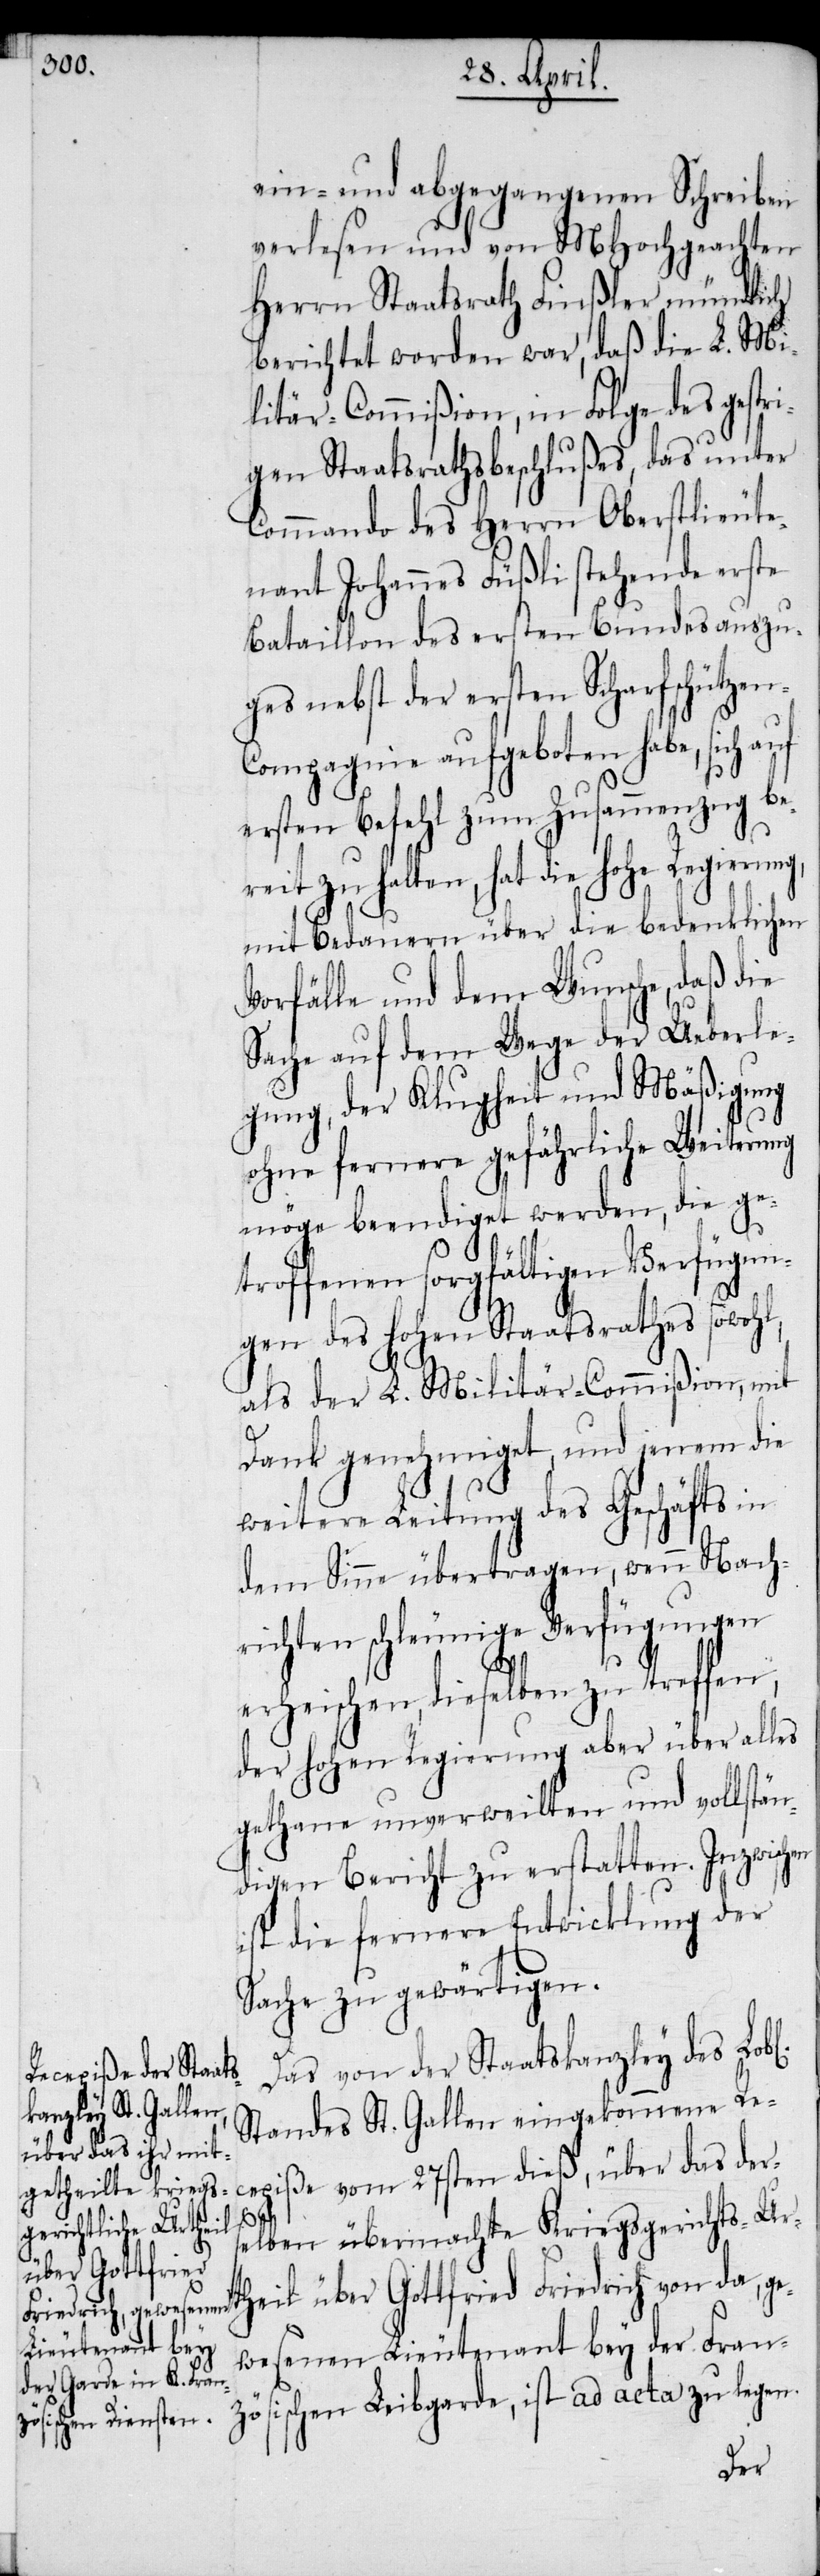
ein- und abgegangenen Schreiben
verlesen und von MHochgeachten
Herrn Staatrath Finßler mündlich
berichtet worden war, daß die L. Mi¬
litär-Commißion, in Folge des gestri¬
gen Staatsrathsbeschlußes, das unter
Commando des Herrn Oberstlieute¬
nant Johannes Füßli stehende erste
Bataillon des ersten Bundesauszu¬
ges nebst der ersten Scharfschütze¬
n-Compagnie aufgeboten habe, sich auf
ersten Befehl zum Zusammenzug be¬
reit zu halten, hat die hohe Regierun¬
mit Bedauern über die bedenklichen
Vorfälle und dem Wunsche, daß die
Sache auf dem Wege der Ueberle¬
gung, der Klugheit und Mäßigung
ohne fernere gefährliche Weiterung
möge beendiget werden, die ge¬
troffenen sorgfältigen Verfügun¬
gen des hohen Staatsrathes sowohl,
als der L. Militär-Commißion, mit
Dank genehmiget, und jenem die
weitere Leitung des Geschäfts in
dem Sinne übertragen, wenn Nach¬
richten schleunige Verfügungen
erheischen, dieselben
der hohen Regierung aber über alles
gethane unverweilten und vollstän¬
digen Bericht zu erstatten. Inzwischen
ist die fernere Entwicklung der
Sache zu gewärtigen.
Das von der Staatskanzley des Lob¬
Standes St. Gallen eingekommene Re¬
cepiße vom 27sten dieß, über das ders¬
elben übermachte Kriegsgerichts-U¬
rtheil über Gottfried Friedrich von da, ge¬
wesenen Lieutenant bey der Fran¬
zösischen Leibgarde, ist ad acta zu legen.
l[ichen]
g,